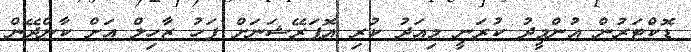
ޑޮކްޓަރުން އުންމީދު ކުރަނީ މިއަދު ކުރި އޮޕަރޭޝަނަށް ފަހު ޒާހިލް އަށް ކާންދޭން